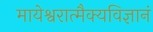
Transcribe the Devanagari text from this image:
मायेश्वरात्मैक्यविज्ञानं